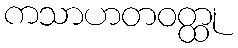
ကသာဟတဝတ္ထု